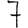
Digit: 7